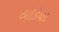
ઠાડિયા